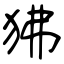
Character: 狒